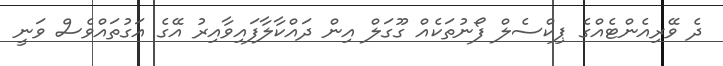
ދެ ވޭރިއެންޓެއްގެ ޕިކްސެލް ފޯނުތަކެއް ގޫގަލް އިން ދައްކާލާފައިވާއިރު އޭގެ އަގުތައްވެސް ވަނީ